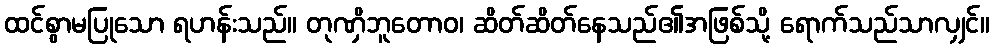
ထင်စွာမပြုသော ရဟန်းသည်။ တုဏှိဘူတောဝ၊ ဆိတ်ဆိတ်နေသည်၏အဖြစ်သို့ ရောက်သည်သာလျှင်။